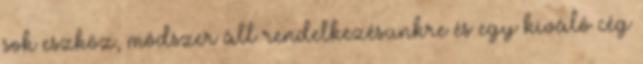
sok eszköz, módszer áll rendelkezésünkre és egy kíváló cég